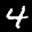
Label: 4